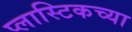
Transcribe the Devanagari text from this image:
प्लास्टिकच्या